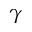
\gamma